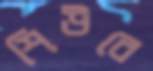
শিউরে